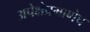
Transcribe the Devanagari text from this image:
अपेक्षेप्रमाणेच